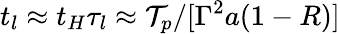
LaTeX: t_{l}\approx t_{H}\tau_{l}\approx\mathcal{T}_{p}/[\Gamma^{2}a(1-R)]